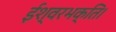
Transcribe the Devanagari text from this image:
ईश्वरभक्ति।